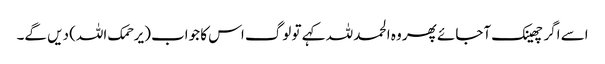
اسے اگر چھینک آجائے پھر وہ الحمد للہ کہے تو لوگ اس کا جواب (یرحمک اللہ) دیں گے۔